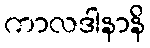
ကာလဒါနာနိ